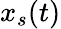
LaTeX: x_{s}(t)